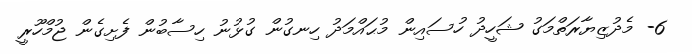
6- މެދުޒިޔާރަތްމަގު ޝަހީދު ހުސައިން މުޙައްމަދު ހިނގުން ގުޅުނު ހިސާބުން ފެށިގެން ޖުމްހޫރީ